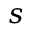
s